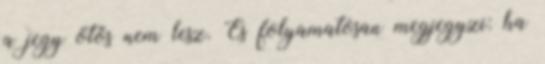
a jegy ötös nem lesz. És folyamatosan megjegyzi: ha